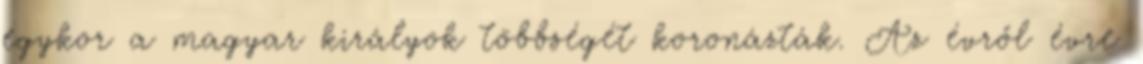
egykor a magyar királyok többségét koronázták. Az évről évre